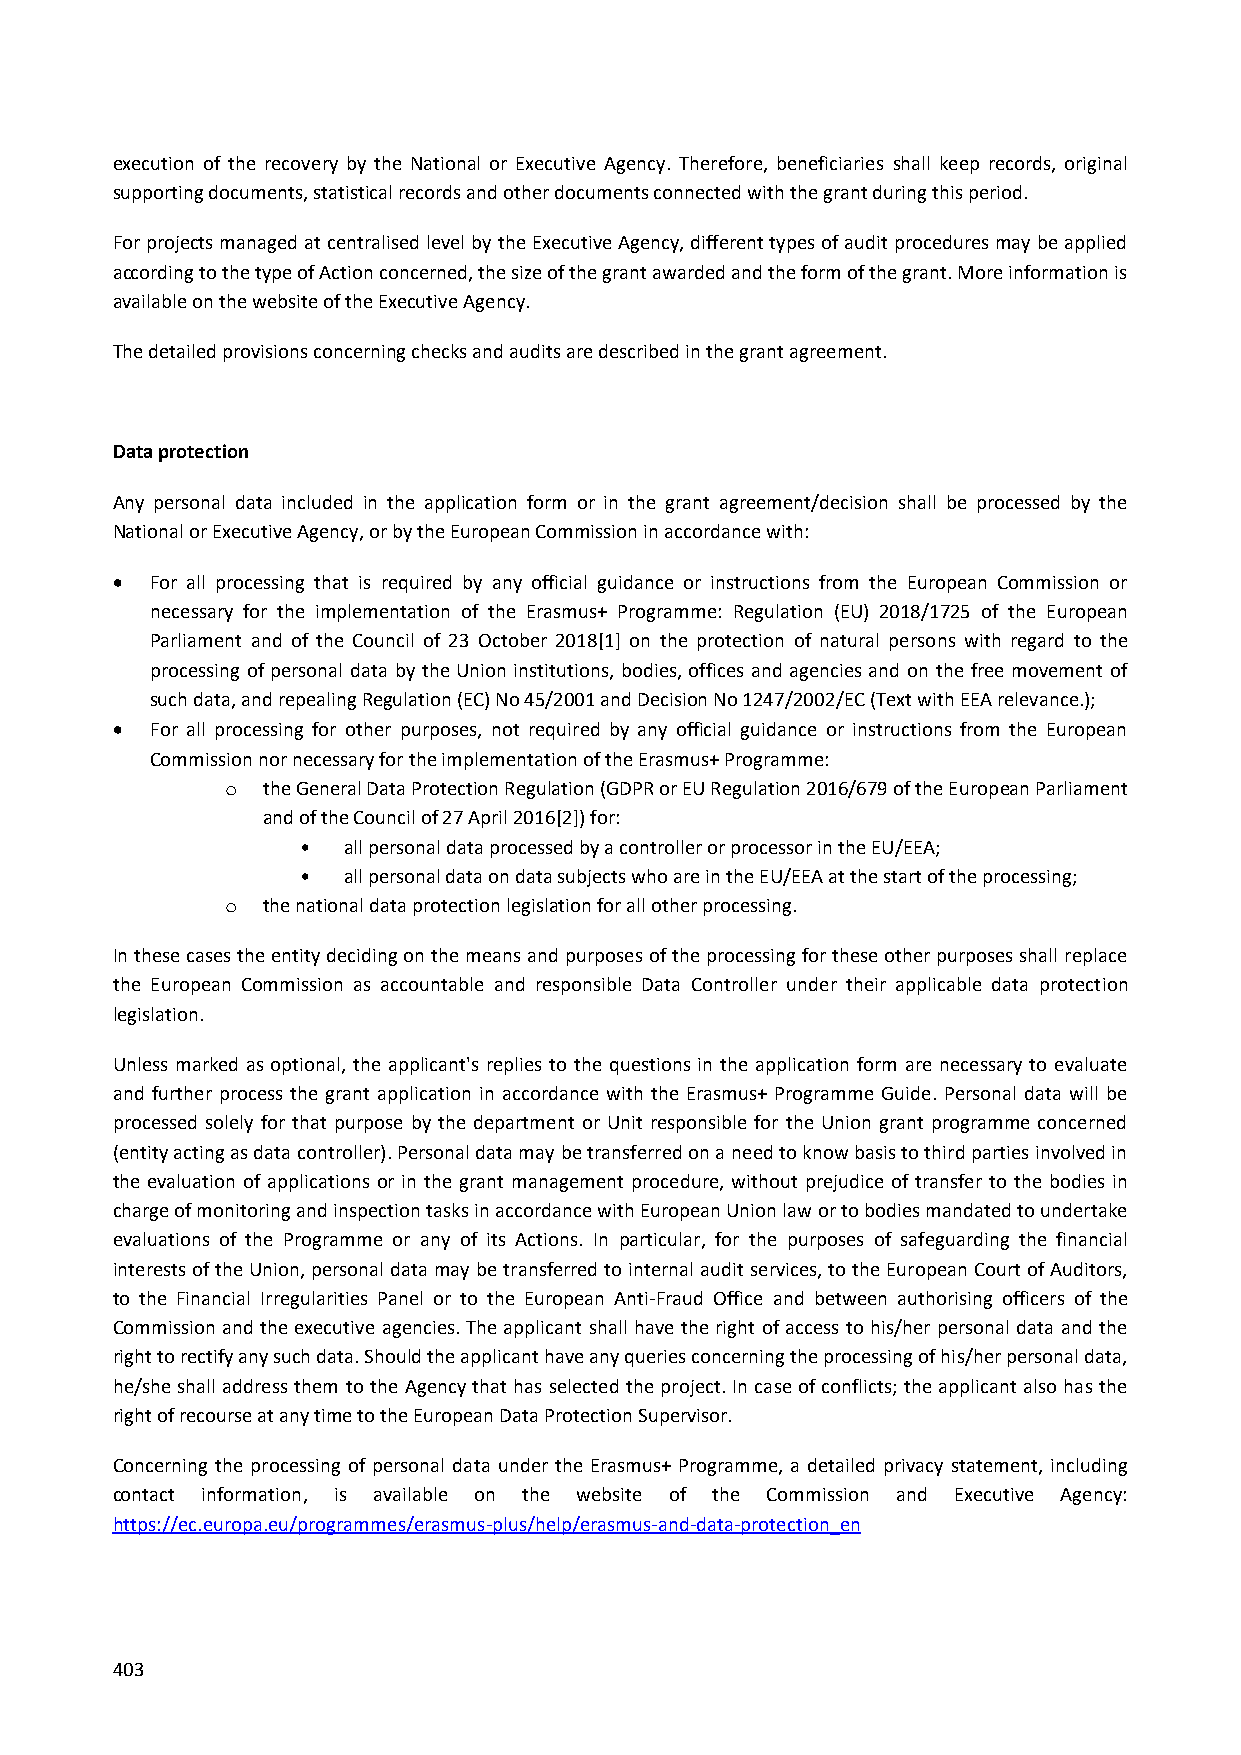
execution of the recovery by the National or Executive Agency. Therefore, beneficiaries shall keep records, original
 supporting documents, statistical records and other documents connected with the grant during this period.
 For projects managed at centralised level by the Executive Agency, different types of audit procedures may be applied
 according to the type of Action concerned, the size of the grant awarded and the form of the grant. More information is
 available on the website of the Executive Agency.
 The detailed provisions concerning checks and audits are described in the grant agreement.
 Data protection
 Any personal data included in the application form or in the grant agreement/decision shall be processed by the
 National or Executive Agency, or by the European Commission in accordance with:
   For all processing that is required by any official guidance or instructions from the European Commission or
 necessary for the implementation of the Erasmus+ Programme: Regulation (EU) 2018/1725 of the European
 Parliament and of the Council of 23 October 2018[1] on the protection of natural persons with regard to the
 processing of personal data by the Union institutions, bodies, offices and agencies and on the free movement of
 such data, and repealing Regulation (EC) No 45/2001 and Decision No 1247/2002/EC (Text with EEA relevance.);
   For all processing for other purposes, not required by any official guidance or instructions from the European
 Commission nor necessary for the implementation of the Erasmus+ Programme:
 o the General Data Protection Regulation (GDPR or EU Regulation 2016/679 of the European Parliament
 and of the Council of 27 April 2016[2]) for:
 •  all personal data processed by a controller or processor in the EU/EEA;
 •  all personal data on data subjects who are in the EU/EEA at the start of the processing;
 o the national data protection legislation for all other processing.
 In these cases the entity deciding on the means and purposes of the processing for these other purposes shall replace
 the European Commission as accountable and responsible Data Controller under their applicable data protection
 legislation.
 Unless marked as optional, the applicant's replies to the questions in the application form are necessary to evaluate
 and further process the grant application in accordance with the Erasmus+ Programme Guide. Personal data will be
 processed solely for that purpose by the department or Unit responsible for the Union grant programme concerned
 (entity acting as data controller). Personal data may be transferred on a need to know basis to third parties involved in
 the evaluation of applications or in the grant management procedure, without prejudice of transfer to the bodies in
 charge of monitoring and inspection tasks in accordance with European Union law or to bodies mandated to undertake
 evaluations of the Programme or any of its Actions. In particular, for the purposes of safeguarding the financial
 interests of the Union, personal data may be transferred to internal audit services, to the European Court of Auditors,
 to the Financial Irregularities Panel or to the European Anti-Fraud Office and between authorising officers of the
 Commission and the executive agencies. The applicant shall have the right of access to his/her personal data and the
 right to rectify any such data. Should the applicant have any queries concerning the processing of his/her personal data,
 he/she shall address them to the Agency that has selected the project. In case of conflicts; the applicant also has the
 right of recourse at any time to the European Data Protection Supervisor.
 Concerning the processing of personal data under the Erasmus+ Programme, a detailed privacy statement, including
 contact information, is available on the website of the Commission and Executive Agency:
 https://ec.europa.eu/programmes/erasmus-plus/help/erasmus-and-data-protection_en
 403